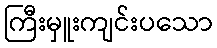
ကြီးမှူးကျင်းပသော